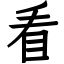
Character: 看